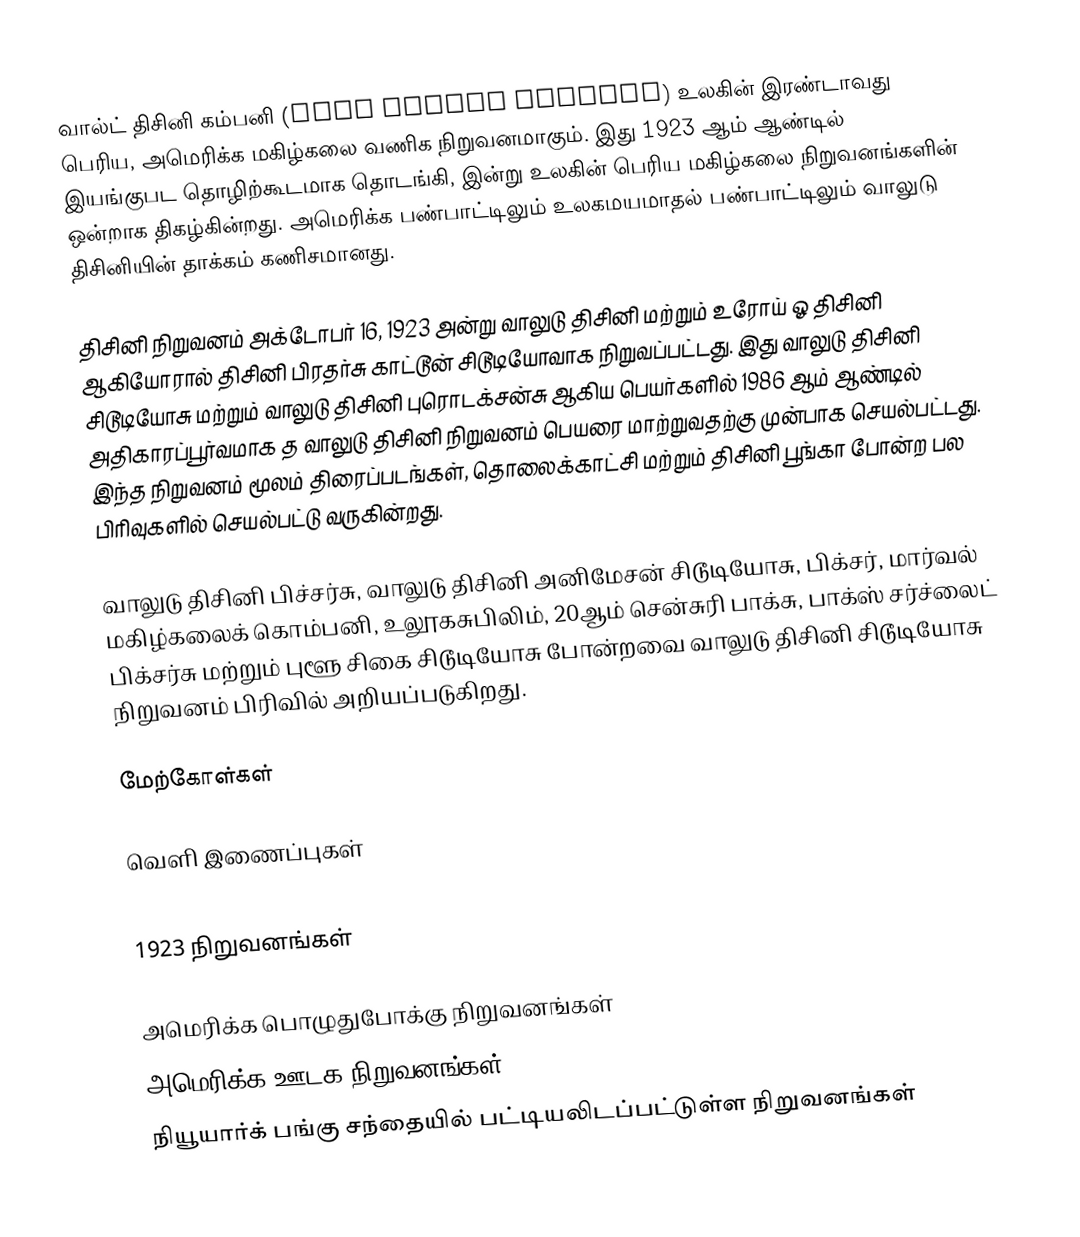
வால்ட் திசினி கம்பனி (Walt Disney Company) உலகின் இரண்டாவது பெரிய, அமெரிக்க மகிழ்கலை வணிக நிறுவனமாகும்.  இது 1923 ஆம் ஆண்டில் இயங்குபட தொழிற்கூடமாக தொடங்கி, இன்று உலகின் பெரிய மகிழ்கலை நிறுவனங்களின் ஒன்றாக திகழ்கின்றது.  அமெரிக்க பண்பாட்டிலும் உலகமயமாதல் பண்பாட்டிலும் வாலுடு திசினியின் தாக்கம் கணிசமானது.

திசினி நிறுவனம் அக்டோபர் 16, 1923 அன்று வாலுடு திசினி மற்றும் உரோய் ஓ திசினி ஆகியோரால் திசினி பிரதர்சு காட்டூன் சிடூடியோவாக நிறுவப்பட்டது. இது வாலுடு திசினி சிடூடியோசு மற்றும் வாலுடு திசினி புரொடக்சன்சு ஆகிய பெயர்களில் 1986 ஆம் ஆண்டில் அதிகாரப்பூர்வமாக த வாலுடு திசினி நிறுவனம் பெயரை மாற்றுவதற்கு முன்பாக செயல்பட்டது. இந்த நிறுவனம் மூலம் திரைப்படங்கள், தொலைக்காட்சி மற்றும் திசினி பூங்கா போன்ற பல பிரிவுகளில் செயல்பட்டு வருகின்றது.

வாலுடு திசினி பிச்சர்சு, வாலுடு திசினி அனிமேசன் சிடூடியோசு, பிக்சர், மார்வல் மகிழ்கலைக் கொம்பனி, உலூகசுபிலிம், 20ஆம் சென்சுரி பாக்சு, பாக்ஸ் சர்ச்லைட் பிக்சர்சு மற்றும் புளூ சிகை சிடூடியோசு போன்றவை வாலுடு திசினி சிடூடியோசு நிறுவனம் பிரிவில் அறியப்படுகிறது.

மேற்கோள்கள்

வெளி இணைப்புகள்

1923 நிறுவனங்கள்

அமெரிக்க பொழுதுபோக்கு நிறுவனங்கள்
அமெரிக்க ஊடக நிறுவனங்கள்
நியூயார்க் பங்கு சந்தையில் பட்டியலிடப்பட்டுள்ள நிறுவனங்கள்